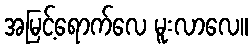
အမြင့်ရောက်လေ မူးလာလေ။